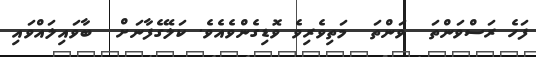
ފަހެ ރަސްވަންތަ  ވަންތަ  މަތިވެރިވެ ވޮޑިގެންވެއެވެ. ކަލޭގެފާނަށް  ބާވައިލައްވައި